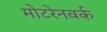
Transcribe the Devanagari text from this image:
मोटरेनवर्क